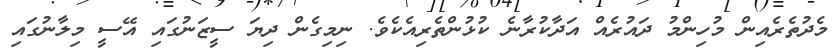
މެދުތެރެއިން މުހިންމު ދައުރެއް އަދާކުރާނެ ކުޅުންތެރިއެކެވެ. ނިމިގެން ދިޔަ ސީޒަނުގައި އޭސީ މިލާނުގައި